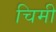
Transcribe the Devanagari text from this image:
चिमी